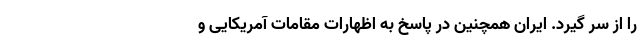
را از سر گیرد. ایران همچنین در پاسخ به اظهارات مقامات آمریکایی و